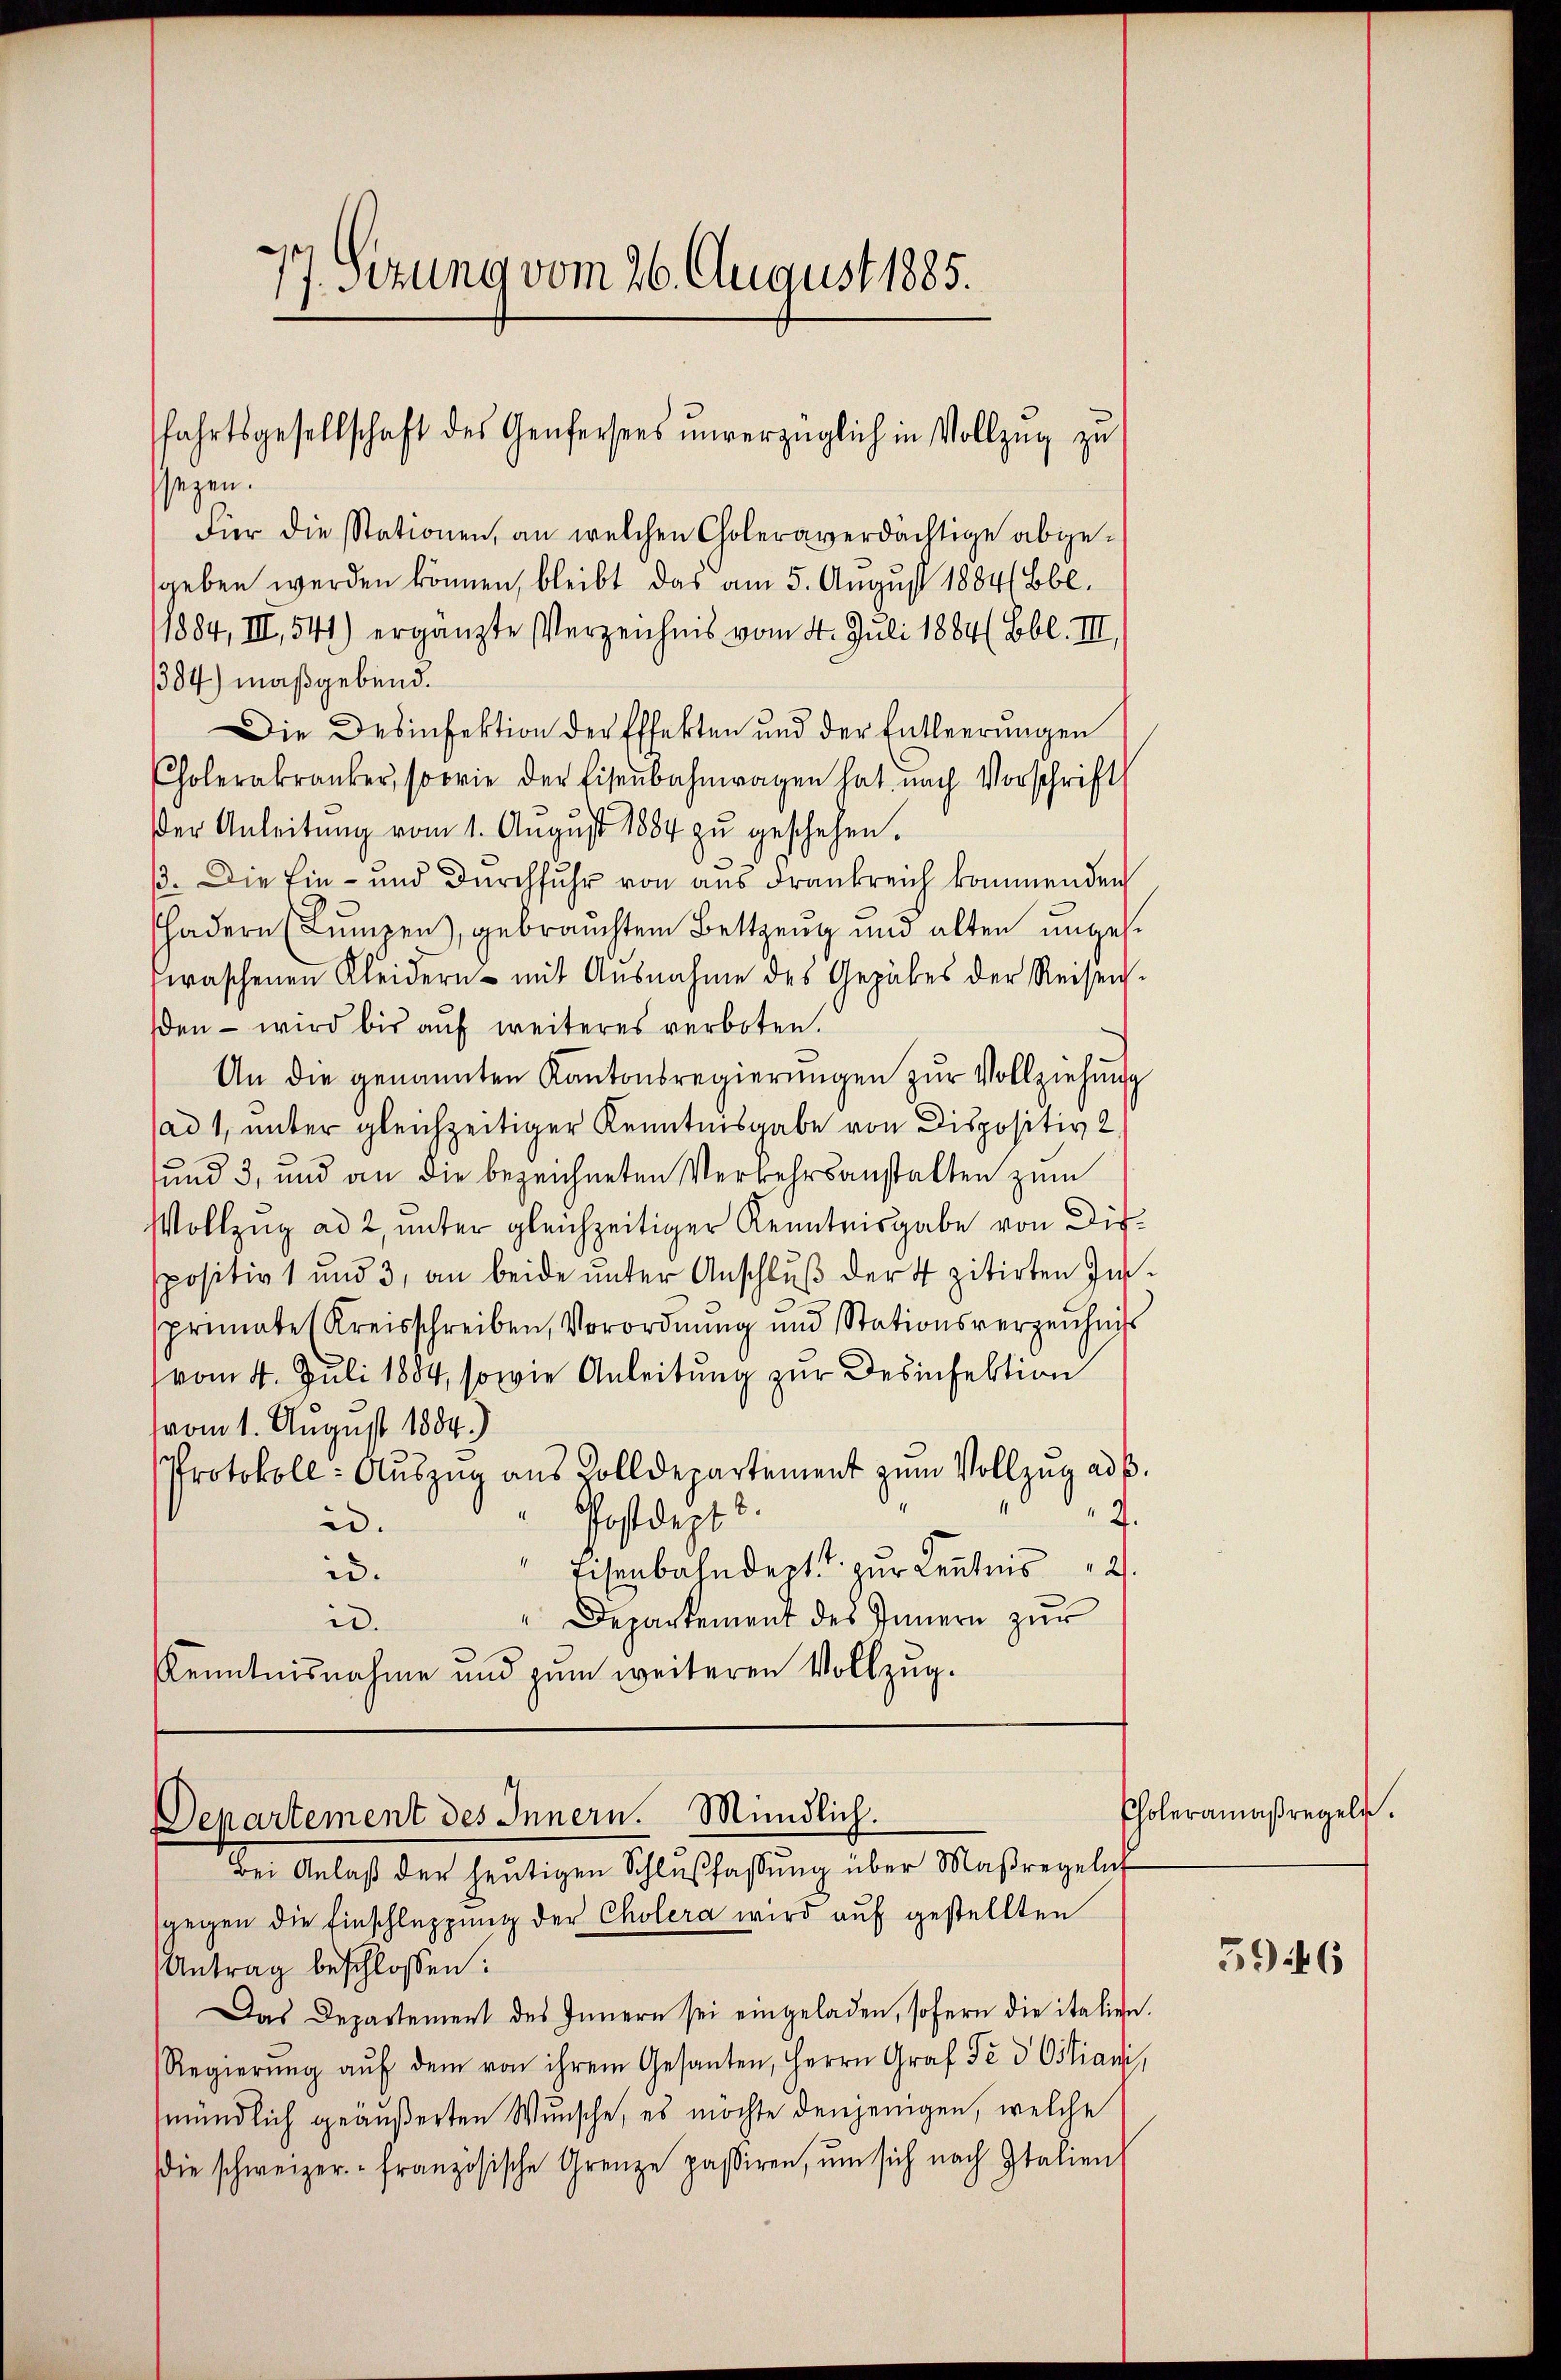
ssagen.
Für die Stationen, an welchen Choleraverdächtige abgegeben werden können, bleibt das am 5. August 1884/Bbl.
1884, III, 541) ergänzte Verzeichnis vom 4. Juli 1884 (Bbl. III,
1304) maßgebend.
Die Desinfektion der Effekten und der Entleerŭngen
Cholerakranker, sowie der Eisenbahnwagen hat nach Vorschrift
der Anleitŭng vom 1. Aŭgŭst 1884 zŭ geschehen.
ß. Die Ein- und durchfuhr von aus Frankreich kommenden
adern (Lumpen, gebrauchtem Bettzeug und alten ungese
waschenen Kleidern mit Ausnahme des Gepähes der Reisen-
den – wird bis auf weiteres verboten.
An die genannten Kantonsregierŭngen zŭr Vollziehung
ad 1, unter gleichzeitiger Kenntnisgabe von Dispositiv 2.
und 3, und an die bezeichneten Verkehrsanstalten zum
Vollzug ad 2, unter gleichzeitiger Kenntnisgabe von Disspositiv und 3, an beide unter Anschluß der 4 zitirten Insprimate (Kreisschreiben, Verordnung und Stationsverzeichniss
vom 4. Juli 1884, sowie Anleitung zur Desinfektion
vom 1. August 1884.)
Protokoll: Auszug aus Zolldepartement zum Vollzug ad b.
7.
" Postdept d.
id.
 Eisenbahndept. 1 zur Kenntnis
id.
"Departement des Innern zur
id.
KKenntnisnahme und zum weiteren Vollzug.

77. Setzung vom 26. August 1885.

fahrtsgesellschaft des Genfersees ŭnverzüglich in Vollzug zu

Departement des Innern. Mündlich.
Der Anlaß der heutigen Schlußfaßung über Maßregeln

sgegen die Einschleppung der Cholera wird auf gestellten
Antrag beschlossen:
Das Departement des Innern sei eingeladen, sofern die italien.
Regierŭng aŭf dem von ihrem Gesanten, Herrn Graf Fe d Ostiani,
mündlich geäußerten Wunsche, es möchte denjenigen, welche
die schweizer.- französische Grenze passiren, ŭm sich nach Italien

Choleramaßregeln.

5946